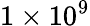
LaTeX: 1\times 10^{9}